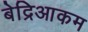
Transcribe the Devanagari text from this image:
बेद्रिआकम